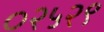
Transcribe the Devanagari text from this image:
०२५२९